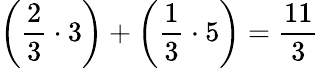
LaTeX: \left({\frac{2}{3}}\cdot 3\right)+\left({\frac{1}{3}}\cdot 5\right)={\frac{11}{3}}